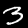
Digit: 3